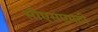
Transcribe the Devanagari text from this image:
सीएसएमटी